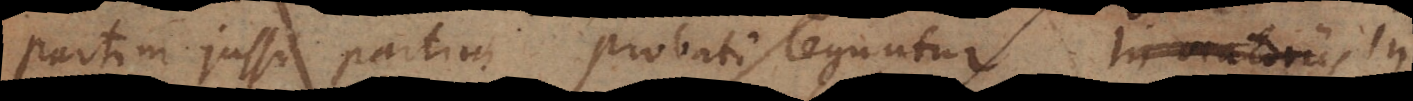
partim jussi, partim probati leguntur. Et quanquam s